Report of the veterinary officer investigating camel disease
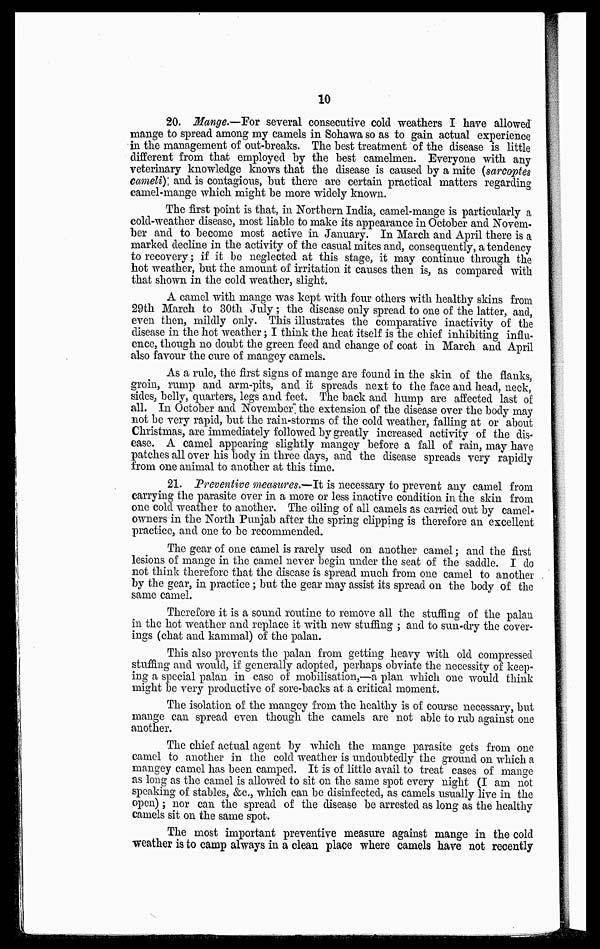
10
20. Mange.—For several consecutive cold weathers I have allowed
mange to spread among my camels in Sohawa so as to gain actual experience
in the management of out-breaks. The best treatment of the disease is little
different from that employed by the best camelmen. Everyone with any
veterinary knowledge knows that the disease is caused by a mite (sarcoptes
cameli) and is contagious, but there are certain practical matters regarding
camel-mange which might be more widely known.
The first point is that, in Northern India, camel-mange is particularly a
cold-weather disease, most liable to make its appearance in October and Novem-
ber and to become most active in January. In March and April there is a
marked decline in the activity of the casual mites and, consequently, a tendency
to recovery; if it be neglected at this stage, it may continue through the
hot weather, but the amount of irritation it causes then is, as compared with
that shown in the cold weather, slight.
A camel with mange was kept with four others with healthy skins from
29th March to 30th July ; the disease only spread to one of the latter, and,
even then, mildly only. This illustrates the comparative inactivity of the
disease in the hot weather; I think the heat itself is the chief inhibiting influ-
ence, though no doubt the green feed and change of coat in March and April
also favour the cure of mangey camels.
As a rule, the first signs of mange are found in the skin of the flanks,
groin, rump and arm-pits, and it spreads next to the face and head, neck,
sides, belly, quarters, legs and feet. The back and hump are affected last of
all. In October and November" the extension of the disease over the body may
not be very rapid, but the rain-storms of the cold weather, falling at or about
Christmas, are immediately followed by greatly increased activity of the dis-
ease. A camel appearing slightly mangey before a fall of rain, may have
patches all over his body in three days, and the disease spreads very rapidly
from one animal to another at this time.
21. Preventive measures.—It is necessary to prevent any camel from
carrying the parasite over in a more or less inactive condition in the skin from
one cold weather to another. The oiling of all camels as carried out by camel-
owners in the North Punjab after the spring clipping is therefore an excellent
practice, and one to be recommended.
The gear of one camel is rarely used on another camel; and the first
lesions of mange in the camel never begin under the seat of the saddle. I do
not think therefore that the disease is spread much from one camel to another
by the gear, in practice; but the gear may assist its spread on the body of the
same camel.
Therefore it is a sound routine to remove all the stuffing of the palan
in the hot weather and replace it with new stuffing ; and to sun-dry the cover-
ings (chat and kammal) of the palan.
This also prevents the palan from getting heavy with old compressed
stuffing and would, if generally adopted, perhaps obviate the necessity of keep-
ing a special palan in case of mobilisation,—a plan which one would think
might be very productive of sore-backs at a critical moment.
The isolation of the mangey from the healthy is of course necessary, but
mange can spread even though the camels are not able to rub against one
another.
The chief actual agent by which the mange parasite gets from one
camel to another in the cold weather is undoubtedly the ground on which a
mangey camel has been camped. It is of little avail to treat cases of mange
as long as the camel is allowed to sit on the same spot every night (I am not
speaking of stables, &c, which can be disinfected, as camels usually live in the
open); nor can the spread of the disease be arrested as long as the healthy
camels sit on the same spot.
The most important preventive measure against mange in the cold
weather is to camp always in a clean place where camels have not recently